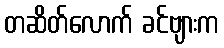
တဆိတ်လောက် ခင်ဗျားက